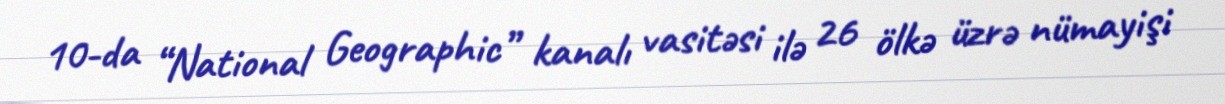
10-da “National Geographic” kanalı vasitəsi ilə 26 ölkə üzrə nümayişi